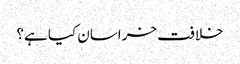
خلافت خراسان کیا ہے؟